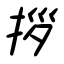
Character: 拶